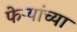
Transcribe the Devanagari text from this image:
फेऱ्यांच्या